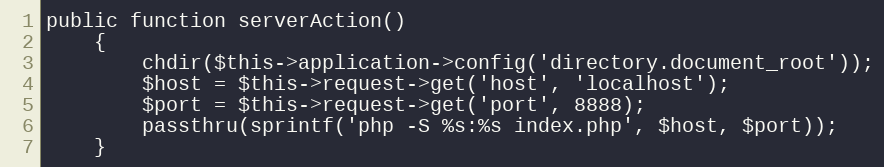
Language: PHP
public function serverAction()
    {
        chdir($this->application->config('directory.document_root'));
        $host = $this->request->get('host', 'localhost');
        $port = $this->request->get('port', 8888);
        passthru(sprintf('php -S %s:%s index.php', $host, $port));
    }